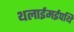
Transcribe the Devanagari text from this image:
थलाईमईपथि